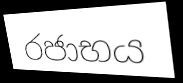
රජාභය